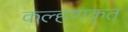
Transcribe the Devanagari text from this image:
कल्हणकृत